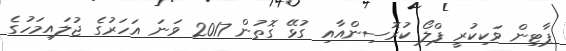
ޕާޓިން ވަކިކުރީ ފްލޯ ކުރޮސިންއާއި ގުޅޭ ގޮތުން 2017 ވަނަ އަހަރުގެ ޖުލައިމަހުގެ